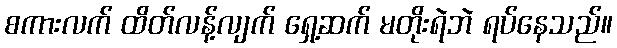
စကားလက် ထိတ်လန့်လျက် ရှေ့ဆက် မတိုးရဲဘဲ ရပ်နေသည်။